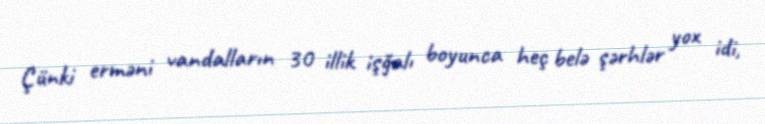
Çünki erməni vandalların 30 illik işğalı boyunca heç belə şərhlər yox idi,